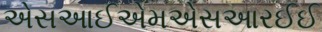
એસઆઈએમએસઆરઈઈ